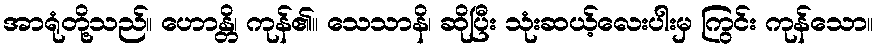
အာရုံတို့သည်။ ဟောန္တိ၊ ကုန်၏။ သေသာနိ၊ ဆိုပြီး သုံးဆယ့်လေးပါးမှ ကြွင်း ကုန်သော။